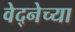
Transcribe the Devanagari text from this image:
वेद्नेच्या